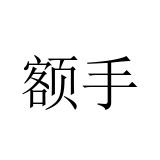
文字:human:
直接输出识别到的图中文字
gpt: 额手